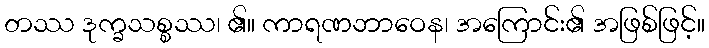
တဿ ဒုက္ခသစ္စဿ၊ ၏။ ကာရဏဘာဝေန၊ အကြောင်း၏ အဖြစ်ဖြင့်။